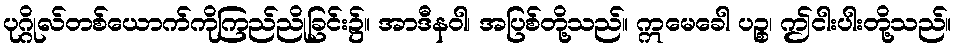
ပုဂ္ဂိုလ်တစ်ယောက်ကိုကြည်ညိုခြင်း၌။ အာဒီနဝါ၊ အပြစ်တို့သည်။ ဣမေခေါ ပဉ္စ၊ ဤငါးပါးတို့သည်။